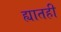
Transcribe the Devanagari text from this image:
ह्यातही